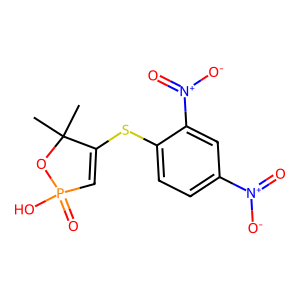
SMILES: CC1(C)OP(=O)(O)C=C1Sc1ccc([N+](=O)[O-])cc1[N+](=O)[O-]
Inhibits HIV replication: No